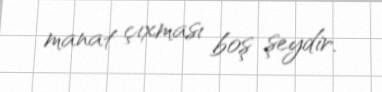
manat çıxması boş şeydir.